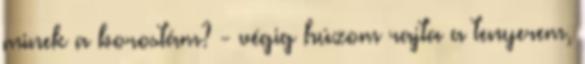
minek a borostám? - végig húzom rajta a tenyerem,